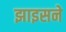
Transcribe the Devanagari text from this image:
झाइसने